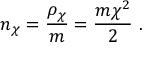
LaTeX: { n _ { \chi } } = { \frac { \rho _ { \chi } } { m } } = { \frac { m \chi ^ { 2 } } { 2 } } \ .